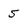
Character: 5